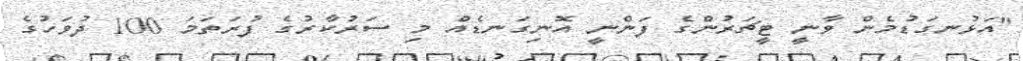
"އަޅުނގަޑުމެން ވާނީ ޓީޗަރުންގެ ފަންނީ އޮނިގަނޑެއް މި ސަރުކާރުގެ ފުރަތަމަ 100 ދުވަހުގެ